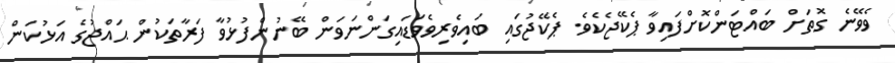
ވެވޭނެ ގޮތަށް ބައްޓަންކޮށްފައިވާ ޕެކޭޖެކެވެ. ޕެކޭޖުގައި ބައިވެރިވެވަޑައިގަންނަވަން ބޭނުންފުޅުވާ ފަރާތަކުން ޙައްޖުގެ އަޅުކަން